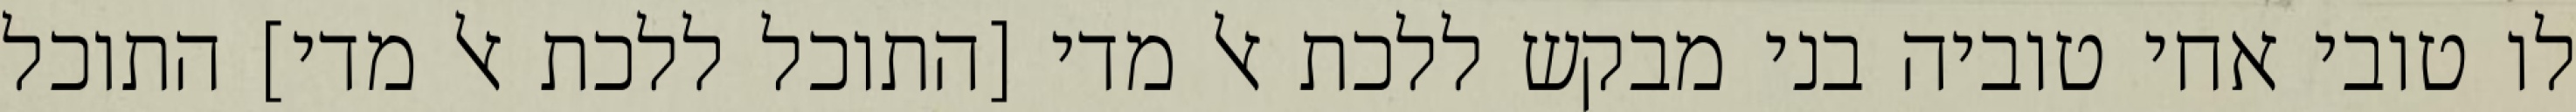
לו טובי אחי טוביה בני מבקש ללכת אל מדי [התוכל ללכת אל מדי] התוכל